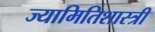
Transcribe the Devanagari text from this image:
ज्यामितिशास्त्री